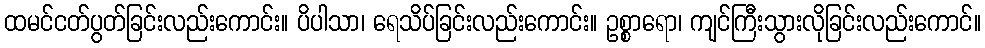
ထမင်ငတ်ပွတ်ခြင်းလည်းကောင်း။ ပိပါသာ၊ ရေသိပ်ခြင်းလည်းကောင်း။ ဥစ္စာရော၊ ကျင်ကြီးသွားလိုခြင်းလည်းကောင်။